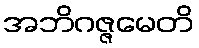
အဘိဂဇ္ဇမေတိ